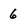
Character: 6